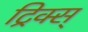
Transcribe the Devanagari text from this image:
ट्रिक्स्